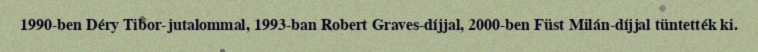
1990-ben Déry Tibor-jutalommal, 1993-ban Robert Graves-díjjal, 2000-ben Füst Milán-díjjal tüntették ki.